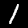
Label: 1